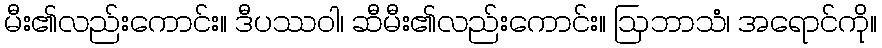
မီး၏လည်းကောင်း။ ဒီပဿဝါ၊ ဆီမီး၏လည်းကောင်း။ ဩဘာသံ၊ အရောင်ကို။